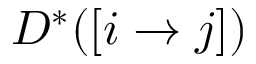
D ^ { * } ( [ i \rightarrow j ] )